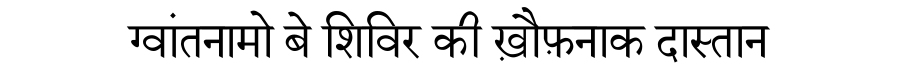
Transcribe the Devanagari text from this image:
ग्वांतनामो बे शिविर की ख़ौफ़नाक दास्तान